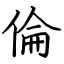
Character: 倫